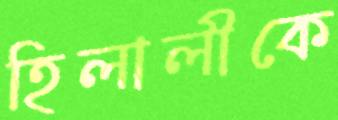
হিলালীকে